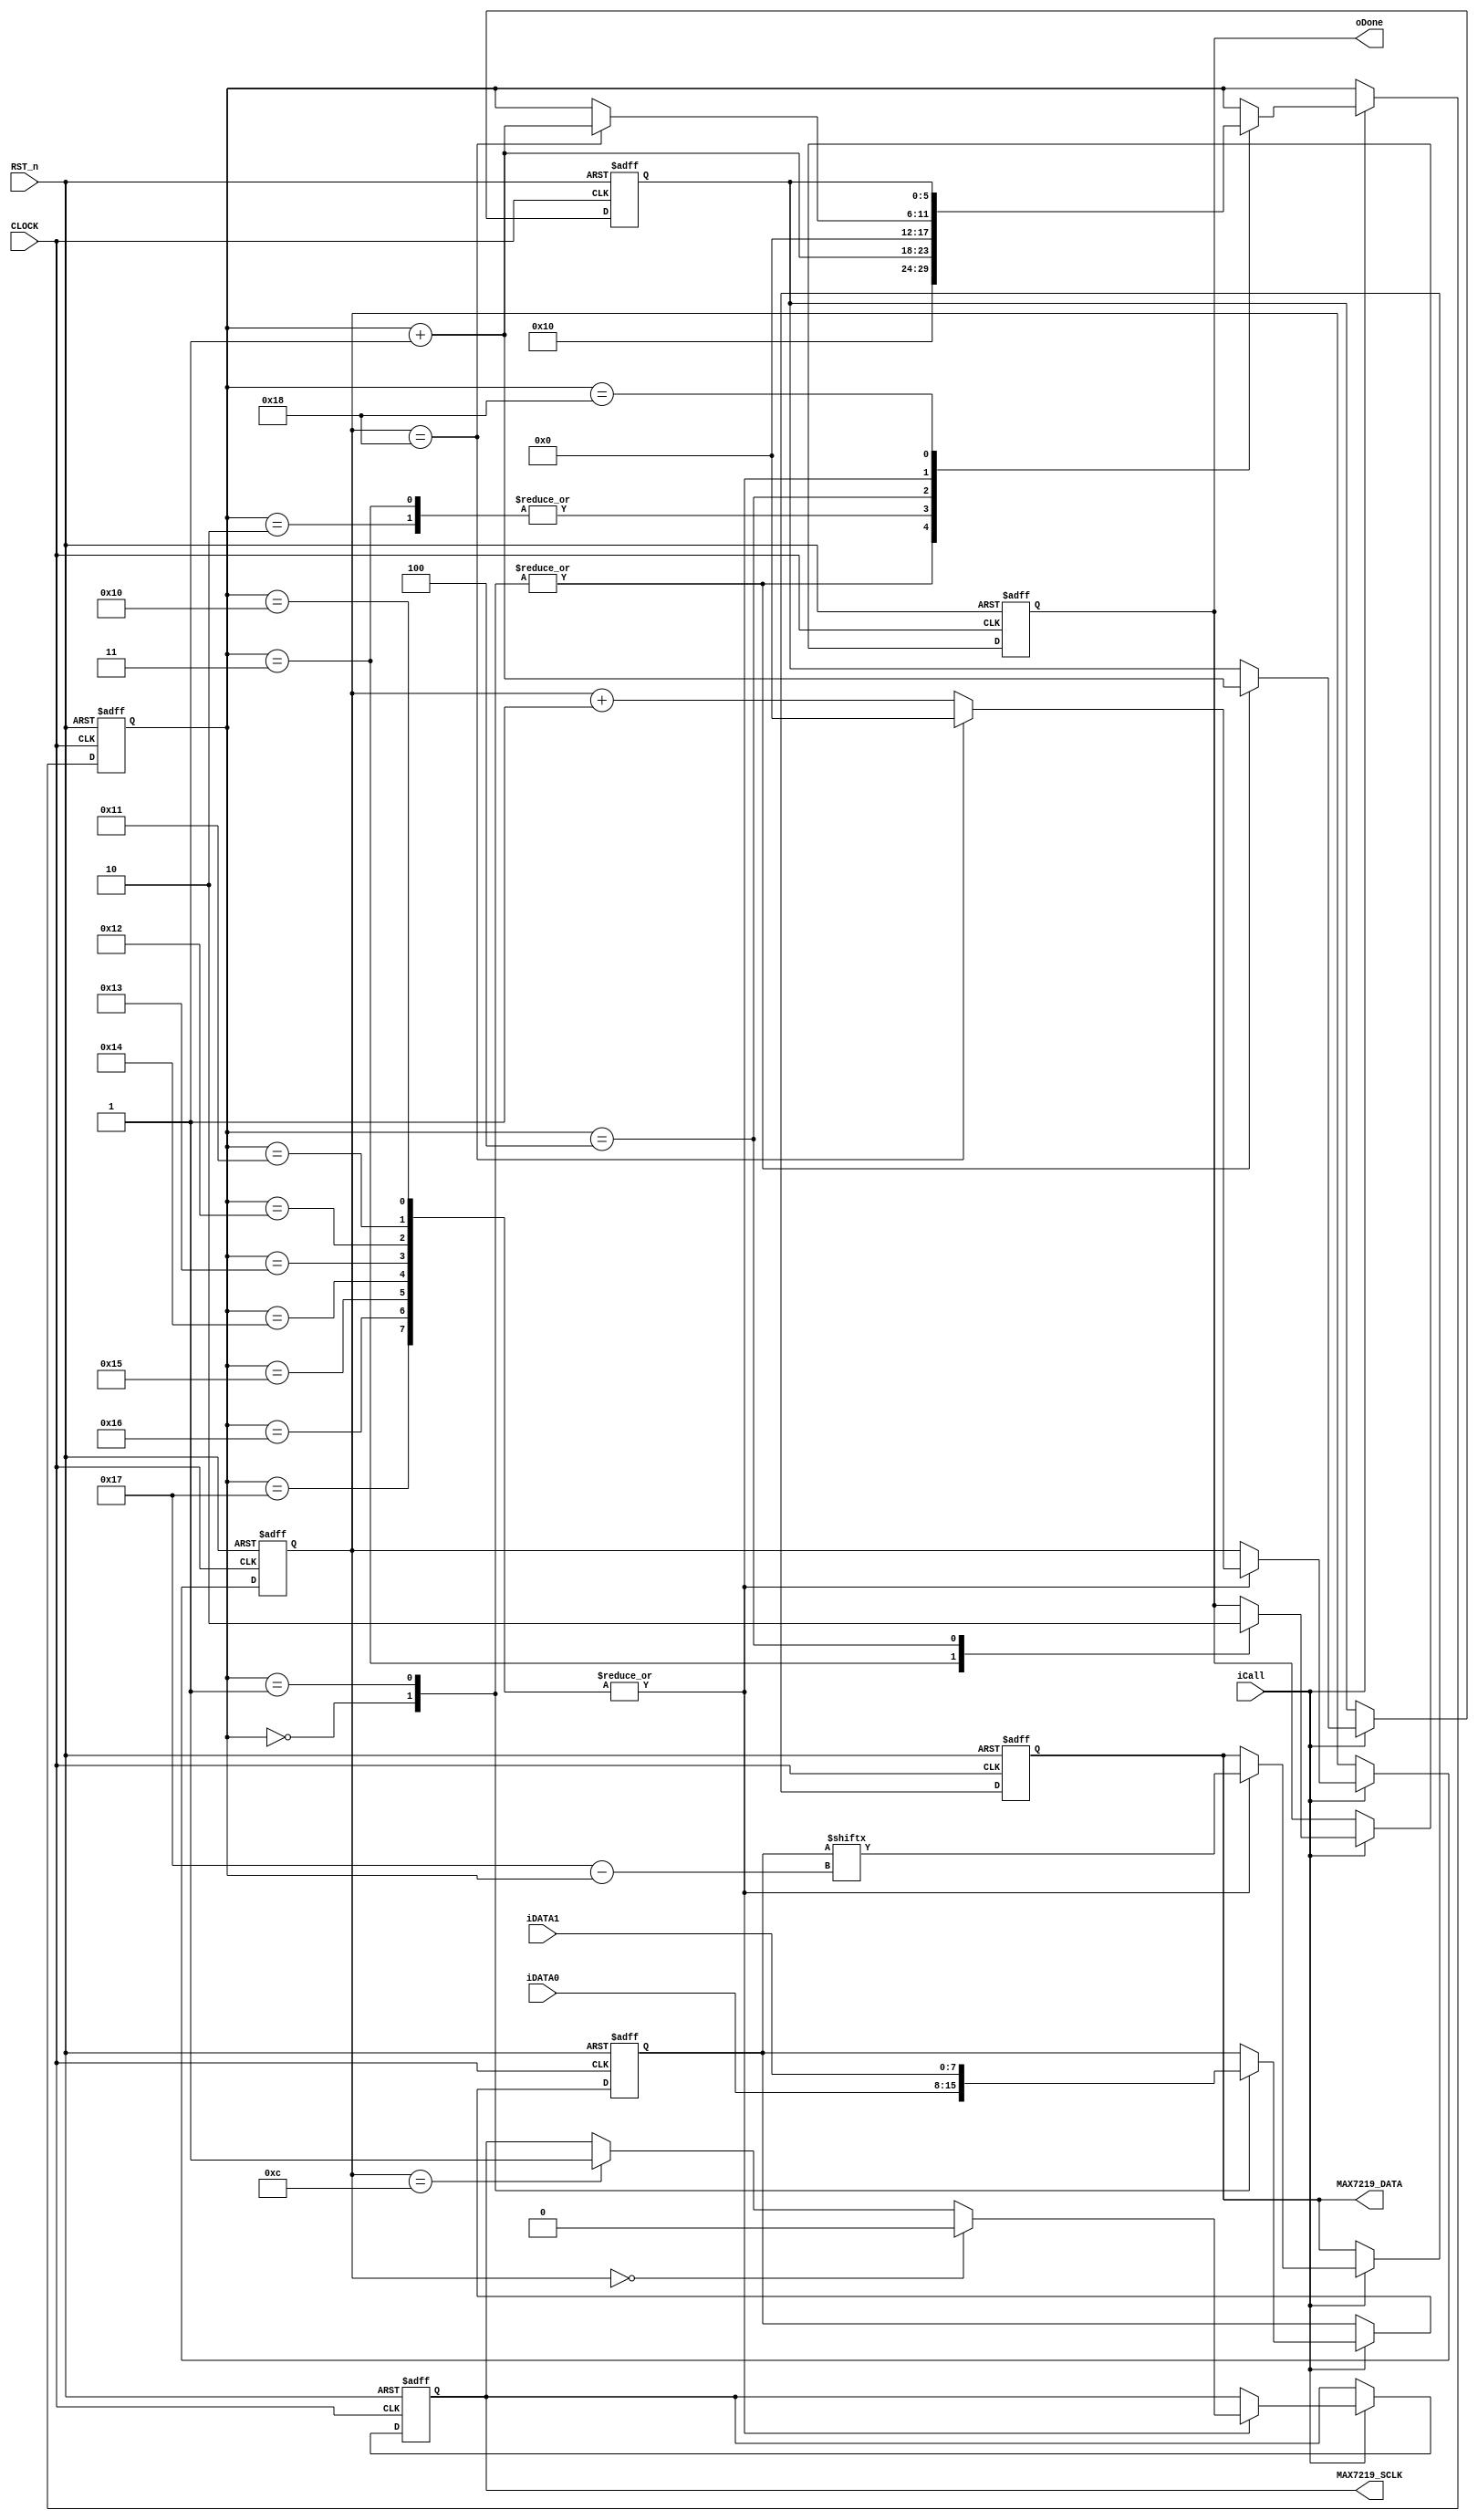
//****************************************************************************//
//# @Author: 
//# @Date:   2019-05-19 21:06:32
//# @Last Modified by:   zlk
//# @WeChat Official Account: OpenFPGA
//# @Last Modified time: 2019-07-07 00:38:09
//# Description: 
//# @Modification History: 2019-05-19 20:58:19
//# Date			    By			   Version			   Change Description: 
//# ========================================================================= #
//# 2019-05-19 20:58:19
//# ========================================================================= #
//# |                                          								| #
//# |                                OpenFPGA     							| #
//****************************************************************************//
module max7219_funcmod
(
    input CLOCK, RST_n,
	 output MAX7219_SCLK,//MAX7219_CS,
	 output MAX7219_DATA,
	 input iCall,
	 output oDone,
	 input [7:0]iDATA0,iDATA1

);	 
	 parameter FCLK = 6'd25, FHALF = 6'd12; // 2Mhz,(1/2Mhz)/(1/50Mhz) FCLK 
	 parameter FF_Write = 6'd16, FF_Read = 6'd32;//FHALF 
	 
	 reg [5:0]C1;
    reg [5:0]i,Go;
	 reg [7:0]D1,T; //D1  T 
	 reg rCS, rSCLK, rSIO; 
	 reg isQ,isDone; //isQ  IO 
	 
    always @ ( posedge CLOCK or negedge RST_n )	
	     if( !RST_n )
		      begin
				    C1 <= 6'd0;
				    { i,Go } <= { 6'd0,6'd0 };
					 { D1,T } <= { 8'd0,8'd0 };
					 { rCS, rSCLK, rSIO } <= 3'b000;
					 { isQ, isDone } <= 2'b00;
				end
/***********************************************************************
 0 
 1 
 2  3~4 
***********************************************************************/
		   else if( iCall )
			    case( i )
				     
					  0:
					  begin  T <= iDATA0; i <= FF_Write; Go <= i + 1'b1; end//{ rCS,rSCLK } <= 2'b00;rCS<=1'b0;
					  
					  1:
					  begin T <= iDATA1; i <= FF_Write; Go <= i + 1'b1; end
					  
					  2:
					  begin  i <= i + 1'b1; end//{ rCS,rSCLK } <= 2'b10;rCS<=1'b1;
					  
					  3:
					  begin isDone <= 1'b1; i <= i + 1'b1; end
					  
					  4:
					  begin isDone <= 1'b0; i <= 6'd0; end
					  
					  /******************/
					  
					  16,17,18,19,20,21,22,23:
					  begin
					      isQ = 1'b1;
					      rSIO <= T[23-i];//i-16
							
							if( C1 == 0 ) rSCLK <= 1'b0;
 					      else if( C1 == FHALF ) rSCLK <= 1'b1;
					  
					      if( C1 == FCLK -1) begin C1 <= 6'd0; i <= i + 1'b1; end
							else C1 <= C1 + 1'b1;
					  end
					  
					  24:
					  i <= Go;
					  
				 endcase
       
/***********************************************************************
 rSIO  MAX7219_DATA D  oData	
***********************************************************************/
		assign MAX7219_SCLK = rSCLK ;//{ MAX7219_CS,MAX7219_SCLK } = { rCS,rSCLK }
		assign MAX7219_DATA = rSIO ;  //isQ ? rSIO : 1'bz;
		assign oDone = isDone;

endmodule